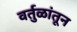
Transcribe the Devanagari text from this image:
वर्तुळांतून